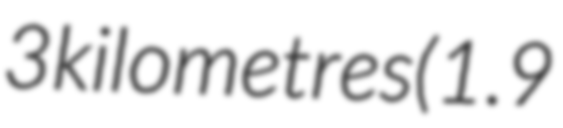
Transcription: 3 kilometres (1.9